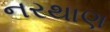
નરથાણ